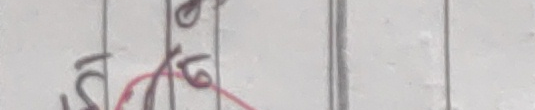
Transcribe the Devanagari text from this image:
१५ १६